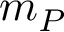
m _ { P }